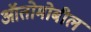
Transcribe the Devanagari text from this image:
ऑतोमोबील